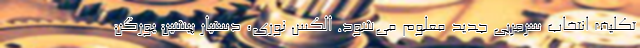
تکلیف انتخاب سرمربی جدید معلوم می‌شود. الکس نوری، دستیار پیشین یورگن